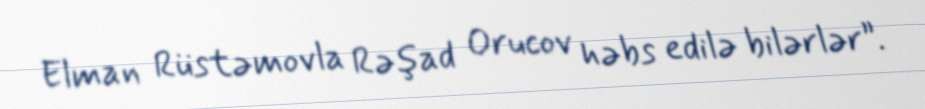
Elman Rüstəmovla Rəşad Orucov həbs edilə bilərlər”.